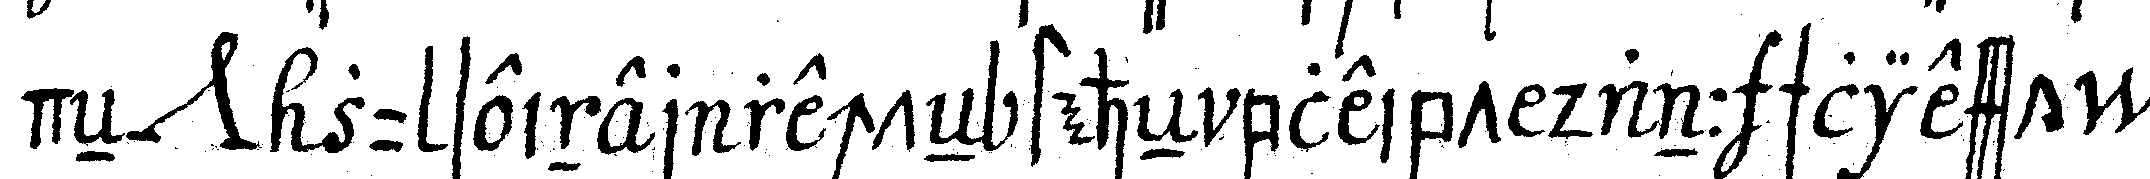
deN *nee* zu seiner rechteN steheN bleibt dann schliesst